koduurija_Pavel_Tisler, lk 12
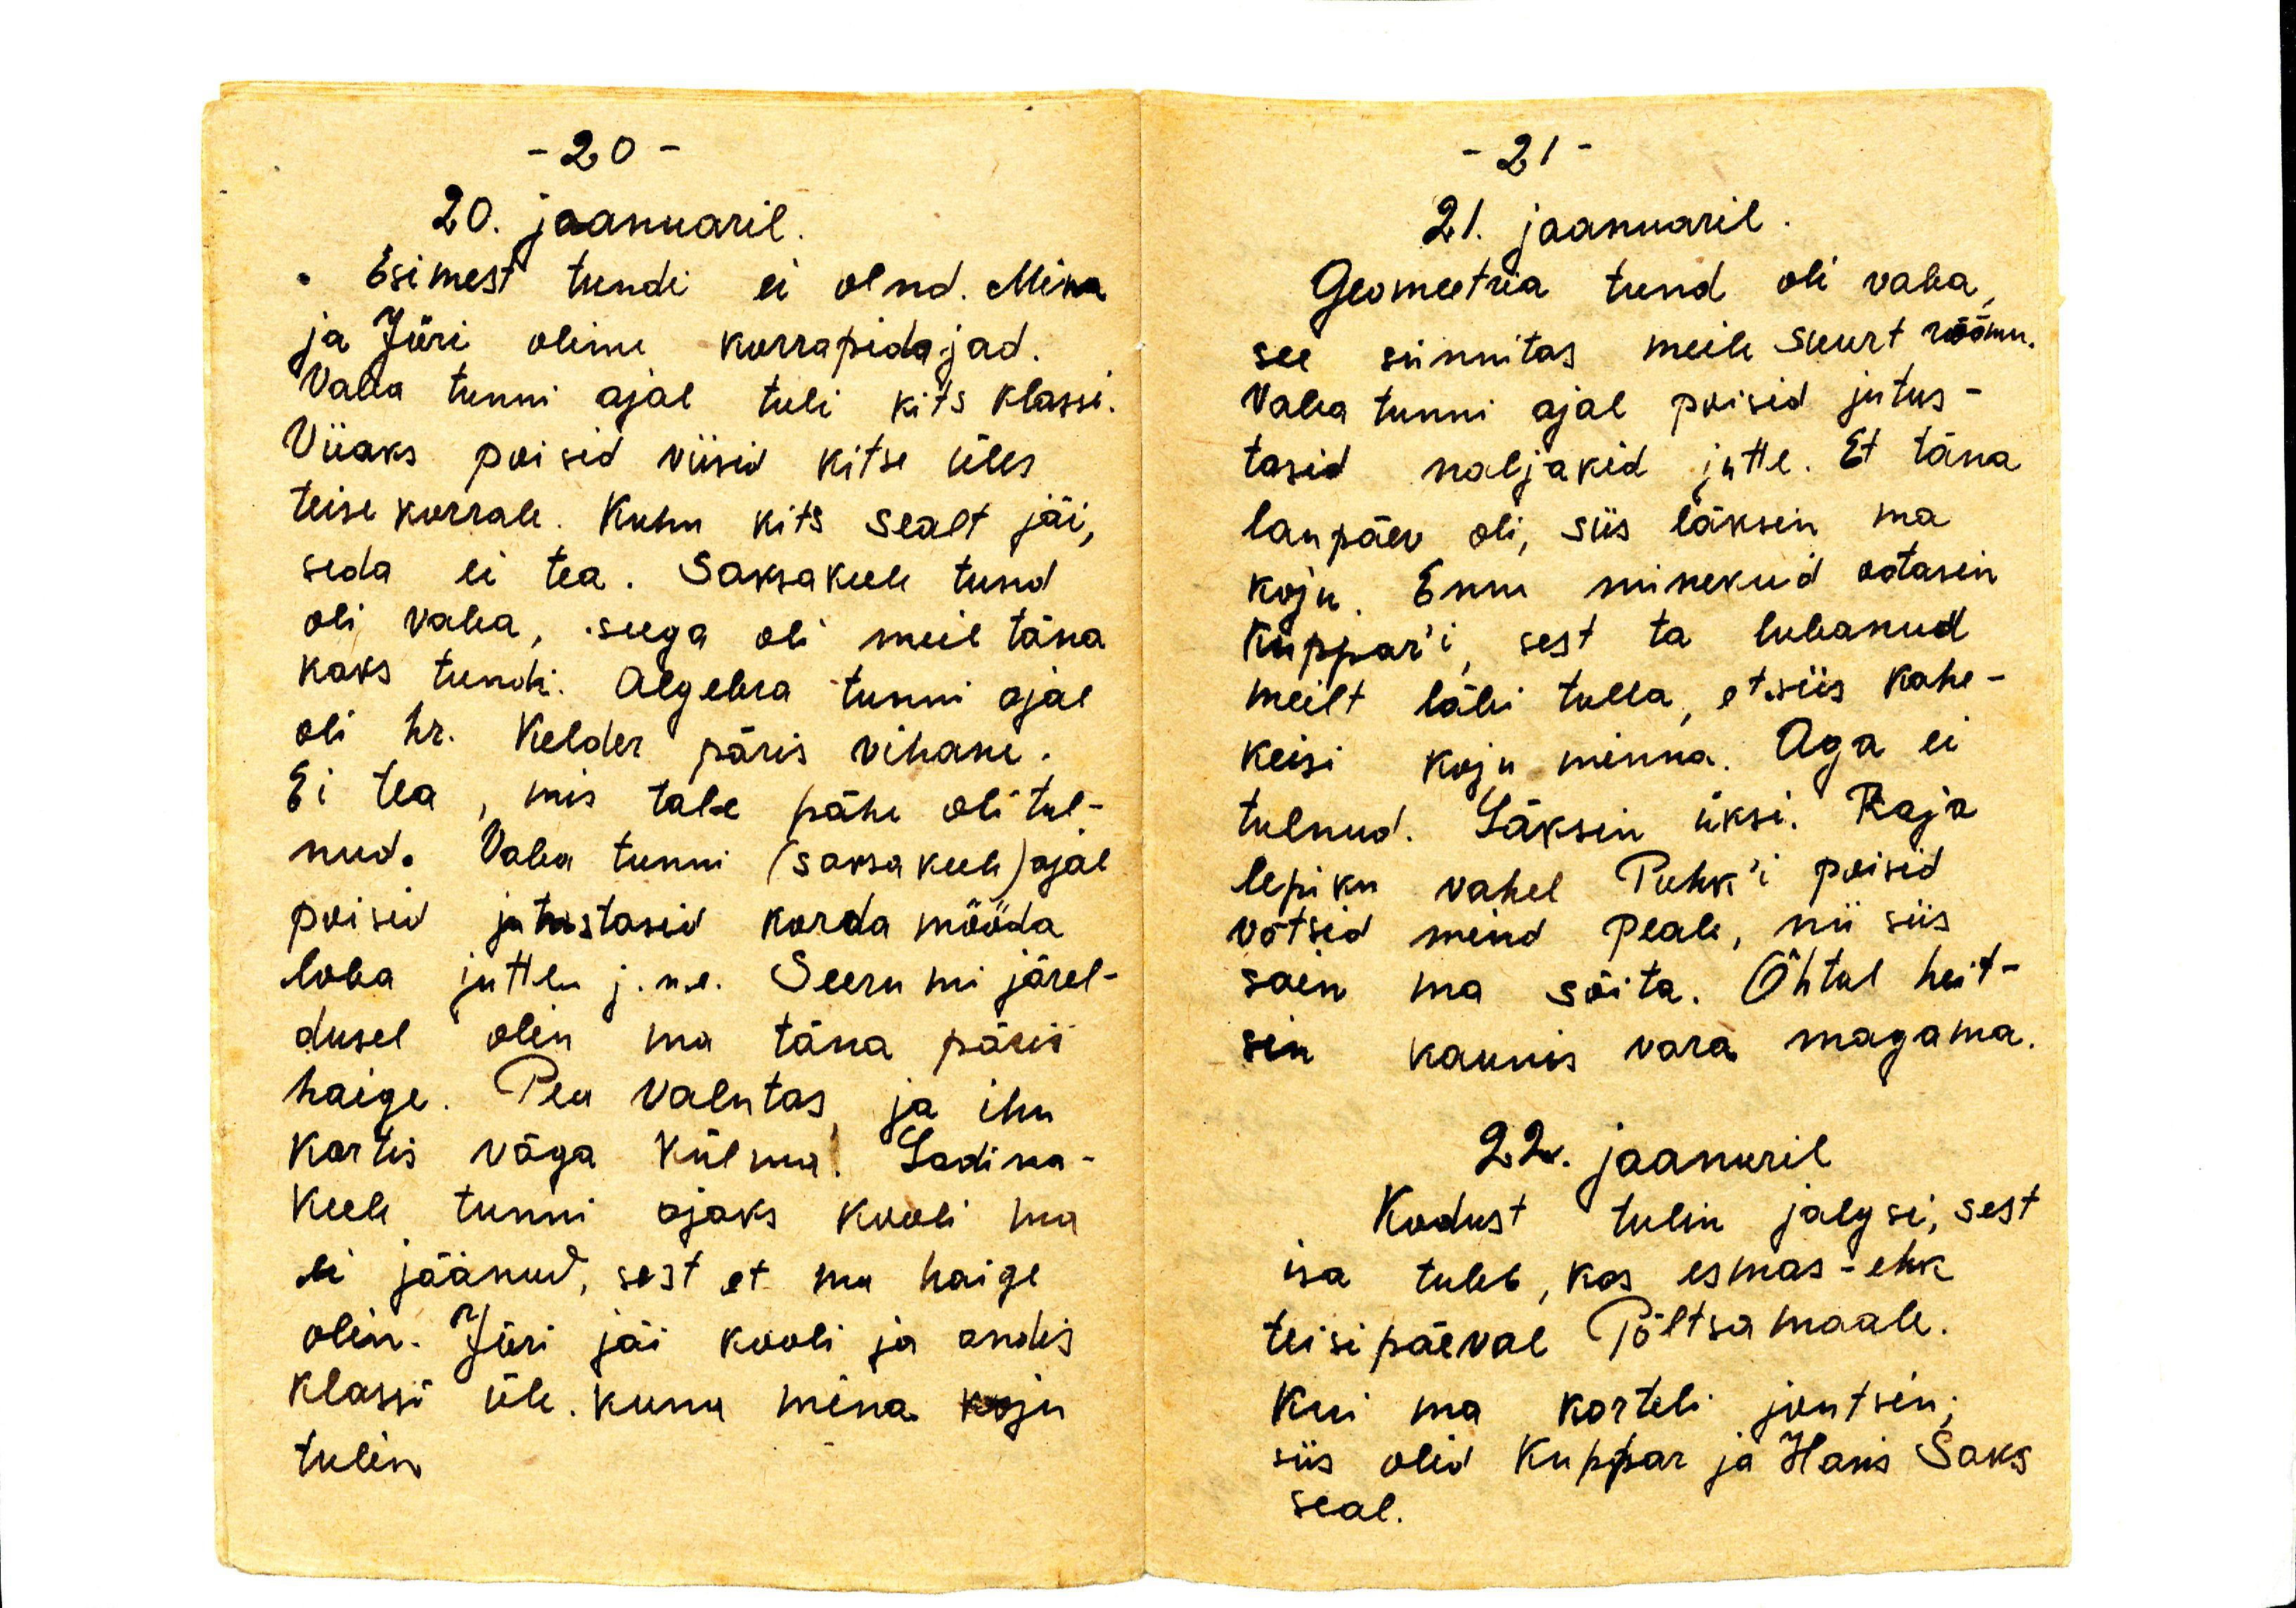
20. jaanuaril.
Esimest tundi ei olnd. Mina
ja Jüri olime korrapidajad.
Vaba tunni ajal tuli kits klassi.
Viiaks poisid viisid kitse üles
teise korrale. Kuhu kits sealt jäi,
seda ei tea. Saksakeele tund
oli vaba, seega oli meil täna
kaks tundi. Algebra tunni ajal
oli hr. Kelder päris vihane.
Ei tea, mis tall pähe oli tul-
nud. Vaba tunni (saksakeele) ajal
poisid jutustasid korda mööda
loba jutte j.n.e. Seerumi järel-
dusel olen ma täna päris
haige. Pea valutas ja ihu
kartis väga külma. Ladina-
keele tunni ajaks kooli ma 
ei jäänud, sest et ma haige
olen. Jüri jäi kooli ja andis
klassi üle kuna mina koju
tulin.

21. jaanuaril.
Geomeetria tund oli vaba,
see sünnitas meile suurt rõõmu.
Vaba tunni ajal poisid jutus-
tasid naljakid jutte. Et täna
laupäev oli, siis läksin ma
koju. Enne minekud ootasin
Kuppar'i, sest ta lubanud
meilt läbi tulla, et siis kahe-
keisi koju minna. Aga ei
tulnud. Läksin üksi. Raja
lepiku vahel Puhk'i poisid
võtsid mind peale, nii siis
sain ma sõita. Õhtul heit-
sin kaunis vara magama.
22. jaanuaril.
Kodust tulin jalgsi, sest
isa tuleb, kas esmas- ehk
teisipäeval Põltsamaale.
Kui ma korteli jõutsin;
siis olid Kuppar ja Hans Saks
seal.